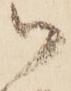
ハ